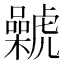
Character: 𰲨